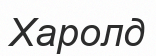
Харолд